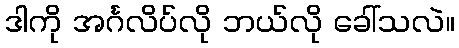
ဒါကို အင်္ဂလိပ်လို ဘယ်လို ခေါ်သလဲ။